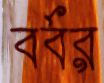
বর্বর